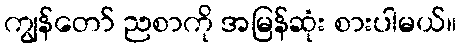
ကျွန်တော် ညစာကို အမြန်ဆုံး စားပါမယ်။